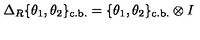
\Delta _ { R } \{ \theta _ { 1 } , \theta _ { 2 } \} _ { \mathrm { c . b . } } = \{ \theta _ { 1 } , \theta _ { 2 } \} _ { \mathrm { c . b . } } \otimes I